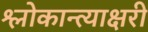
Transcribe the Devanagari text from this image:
श्लोकान्त्याक्षरी